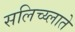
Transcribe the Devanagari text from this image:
सलिच्य्लाते